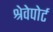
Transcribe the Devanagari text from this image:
श्रेवेपोर्ट